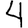
Digit: 4